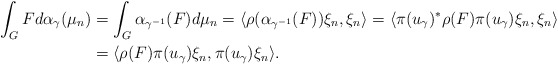
\begin{align*}\int_GFd\alpha_\gamma(\mu_n)&=\int_G\alpha_{\gamma^{-1}}(F) d\mu_n=\langle\rho(\alpha_{\gamma^{-1}}(F))\xi_n,\xi_n\rangle=\langle \pi(u_\gamma)^*\rho(F)\pi(u_\gamma)\xi_n,\xi_n\rangle\\&=\langle\rho(F)\pi(u_\gamma)\xi_n,\pi(u_\gamma)\xi_n\rangle.\end{align*}